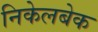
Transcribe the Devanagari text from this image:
निकेलबेक